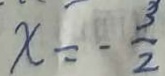
x = - \frac { 3 } { 2 }